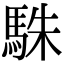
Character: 駯